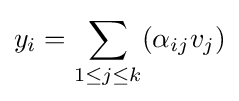
y_{i}=\sum _{1\leq j\leq k}(\alpha _{ij}v_{j})